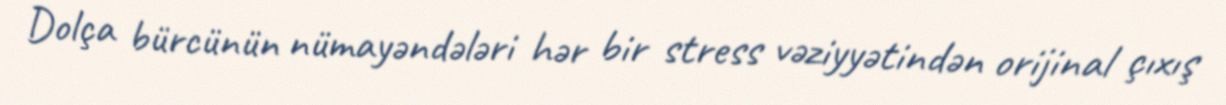
Dolça bürcünün nümayəndələri hər bir stress vəziyyətindən orijinal çıxış